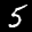
Label: 5